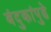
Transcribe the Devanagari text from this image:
बंदुकांपुढे